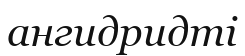
ангидридті